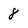
Character: 8